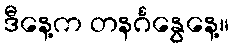
ဒီနေ့က တနင်္ဂနွေနေ့။